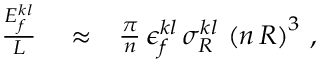
\begin{array} { r l r } { \frac { E _ { f } ^ { k l } } { L } } & { { } \approx } & { \frac { \pi } { n } \, \epsilon _ { f } ^ { k l } \, \sigma _ { R } ^ { k l } \, \left( n \, { \cal R } \right) ^ { 3 } \, , } \end{array}